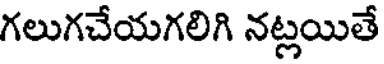
గలుగచేయగలిగి నట్లయితే